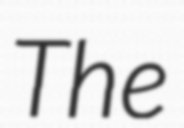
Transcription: The